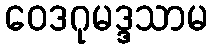
ဝေဒဂုမဒ္ဒသာမ